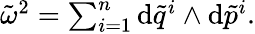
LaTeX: \begin{array}{r}{\tilde{\omega}^{2}=\sum_{i=1}^{n}\mathrm{d}\tilde{q}^{i}\wedge\mathrm{d}\tilde{p}^{i}.}\end{array}